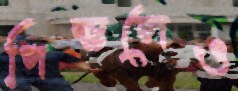
পিস্তলেও